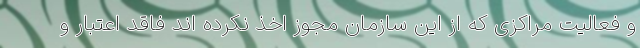
و فعالیت مراکزی که از این سازمان مجوز اخذ نکرده اند فاقد اعتبار و